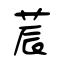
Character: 莀